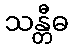
သန္တီဓ